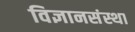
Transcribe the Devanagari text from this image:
विज्ञानसंस्था